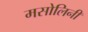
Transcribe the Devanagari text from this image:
मसोलिनी